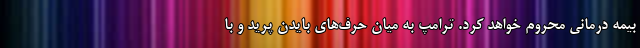
بیمه درمانی محروم خواهد کرد. ترامپ به میان حرف‌های بایدن پرید و با